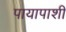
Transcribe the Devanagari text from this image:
पायापाशीं